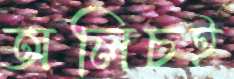
অলিচই